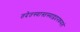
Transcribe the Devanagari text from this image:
तदेतस्यास्तस्माद्वदनकमलं